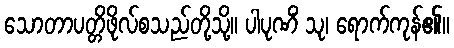
သောတာပတ္တိဖိုလ်စသည်တို့သို့။ ပါပုဏိံ သု၊ ရောက်ကုန်၏။